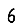
Digit: 6